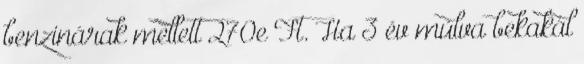
benzinárak mellett 270e Ft. Ha 3 év múlva bekakál